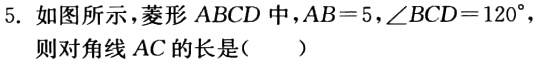
5. 如图所示，菱形 \(ABCD\) 中，\(AB = 5\)，\(\angle BCD=120^{\circ}\)，则对角线 \(AC\) 的长是（  ）